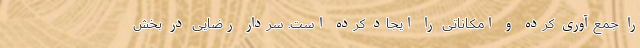
را جمع‌آوری کرده و امکاناتی را ایجاد کرده است. سردار رضایی در بخش